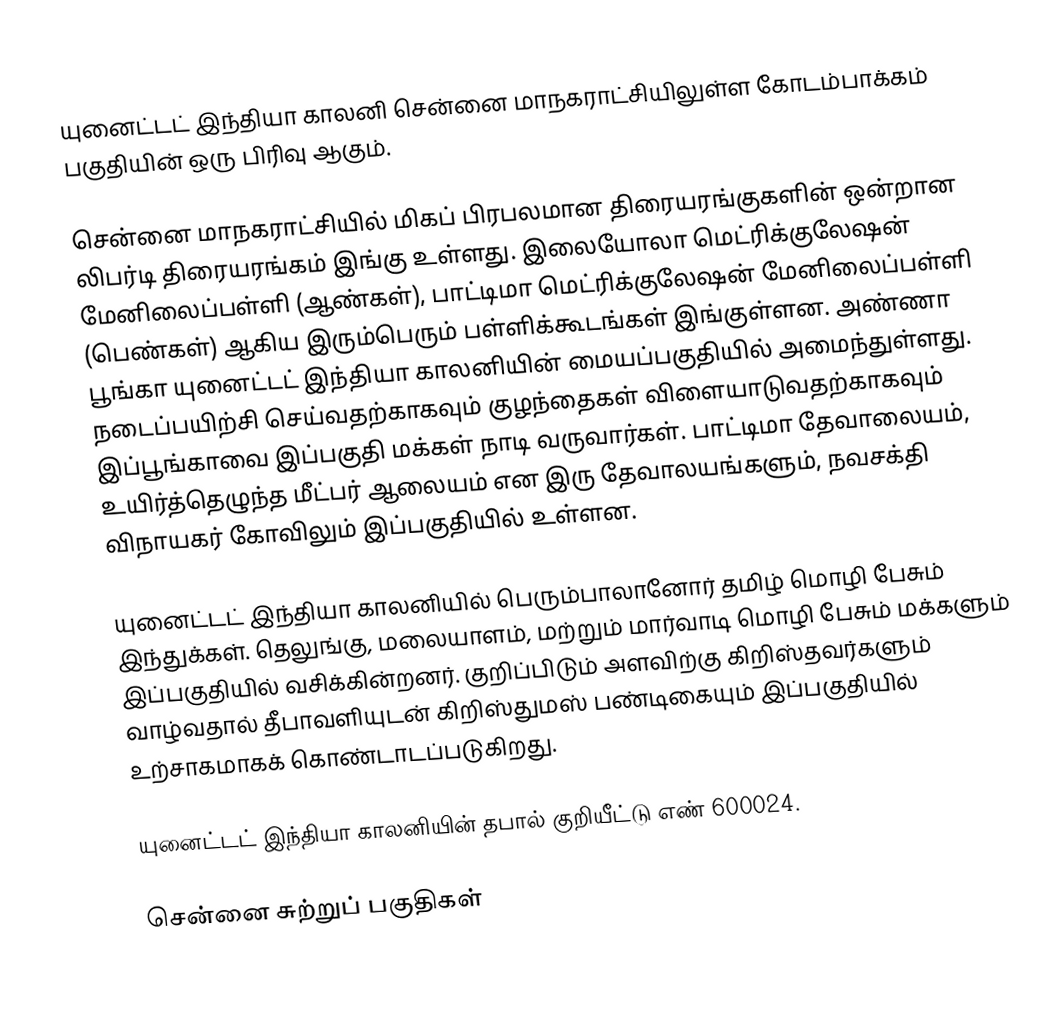
யுனைட்டட் இந்தியா காலனி  சென்னை மாநகராட்சியிலுள்ள கோடம்பாக்கம் பகுதியின் ஒரு பிரிவு ஆகும்.

சென்னை மாநகராட்சியில் மிகப் பிரபலமான திரையரங்குகளின் ஒன்றான லிபர்டி திரையரங்கம் இங்கு உள்ளது. இலையோலா மெட்ரிக்குலேஷன் மேனிலைப்பள்ளி (ஆண்கள்), பாட்டிமா மெட்ரிக்குலேஷன் மேனிலைப்பள்ளி (பெண்கள்) ஆகிய இரும்பெரும் பள்ளிக்கூடங்கள் இங்குள்ளன. அண்ணா பூங்கா யுனைட்டட் இந்தியா காலனியின் மையப்பகுதியில் அமைந்துள்ளது. நடைப்பயிற்சி செய்வதற்காகவும் குழந்தைகள் விளையாடுவதற்காகவும் இப்பூங்காவை இப்பகுதி மக்கள் நாடி வருவார்கள். பாட்டிமா தேவாலையம், உயிர்த்தெழுந்த மீட்பர் ஆலையம் என இரு தேவாலயங்களும், நவசக்தி விநாயகர் கோவிலும் இப்பகுதியில் உள்ளன.

யுனைட்டட் இந்தியா காலனியில் பெரும்பாலானோர் தமிழ் மொழி பேசும் இந்துக்கள். தெலுங்கு, மலையாளம், மற்றும் மார்வாடி மொழி பேசும் மக்களும் இப்பகுதியில் வசிக்கின்றனர். குறிப்பிடும் அளவிற்கு கிறிஸ்தவர்களும் வாழ்வதால் தீபாவளியுடன் கிறிஸ்துமஸ் பண்டிகையும் இப்பகுதியில் உற்சாகமாகக் கொண்டாடப்படுகிறது.

யுனைட்டட் இந்தியா காலனியின் தபால் குறியீட்டு எண் 600024.

சென்னை சுற்றுப் பகுதிகள்